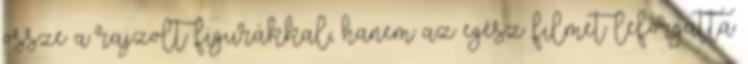
össze a rajzolt figurákkal, hanem az egész filmet leforgatta